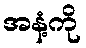
အနံ့ကို